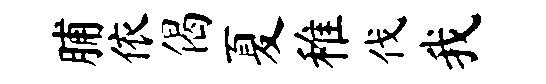
脯依偈夏稚伐我